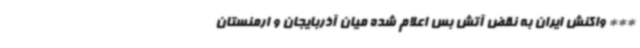
*** واکنش ایران به نقض آتش بس اعلام شده میان آذربایجان و ارمنستان